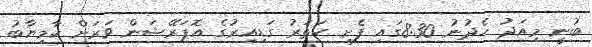
ބުނީ މިއަދު ހެދުނު 8:30ގައި ފެށި ހަތަރު ގަޑިއިރުގެ އޮޕަރޭޝަން ވަރަށް ކާމިޔާބު